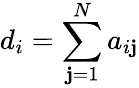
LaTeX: d_{i}=\sum_{\mathbf{j}=1}^{N}a_{i\mathbf{j}}